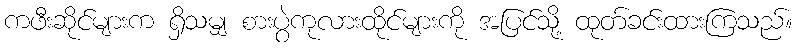
ကဖီးဆိုင်များက ရှိသမျှ စားပွဲကုလားထိုင်များကို အပြင်သို့ ထုတ်ခင်းထားကြသည်။